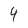
Character: 4